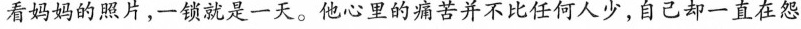
看妈妈的照片，一锁是一天。他心里的痛苦并不比任何人少，自己如一直在怨